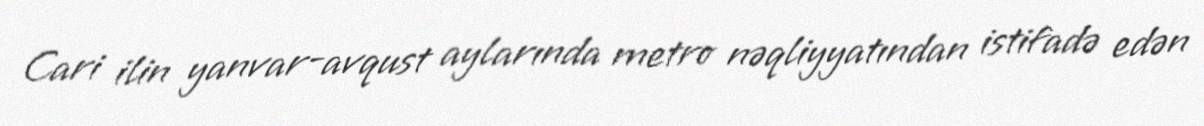
Cari ilin yanvar-avqust aylarında metro nəqliyyatından istifadə edən